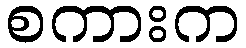
စကားက